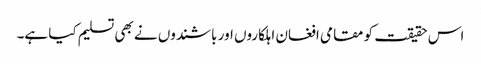
اس حقیقت کو مقامی افغان اہلکاروں اور باشندوں نے بھی تسلیم کیا ہے۔